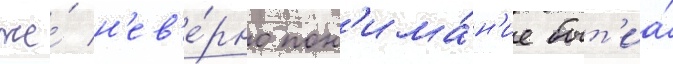
же́ н'ев'е́рно пон'има́н'ие быт'иа́